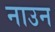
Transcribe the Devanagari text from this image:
नाउन